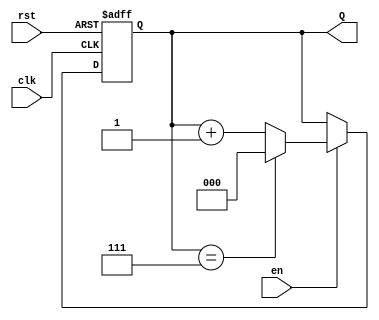
module binary_up_counter (
    input wire clk,      // Clock signal
    input wire rst,      // Asynchronous reset
    input wire en,       // Enable signal
    output reg [2:0] Q   // 3-bit output for the current count value
);

// Always block triggered on the rising edge of the clock or the reset signal
always @(posedge clk or posedge rst) begin
    if (rst) begin
        // Asynchronous reset: set count to 0
        Q <= 3'b000;
    end else if (en) begin
        // Increment the count if enabled
        if (Q == 3'b111) begin
            // Wrap around to 0 if maximum count is reached
            Q <= 3'b000;
        end else begin
            // Increment the count
            Q <= Q + 1;
        end
    end
    // If enable is low, retain the current value of Q
end

endmodule